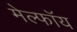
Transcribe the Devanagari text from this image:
मेल्फॉय